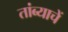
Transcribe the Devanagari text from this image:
तांब्याचें